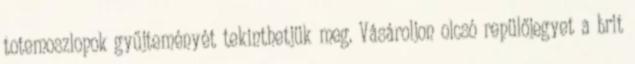
totemoszlopok gyűjteményét tekinthetjük meg. Vásároljon olcsó repülőjegyet a brit